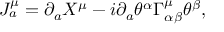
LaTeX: J _ { a } ^ { \mu } = \partial _ { a } X ^ { \mu } - i \partial _ { a } \theta ^ { \alpha } \Gamma _ { \alpha \beta } ^ { \mu } \theta ^ { \beta } ,